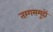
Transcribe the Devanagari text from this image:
तरंगसमूहों